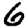
Digit: 6